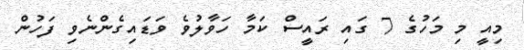
މިއީ މި މަހުގެ 7 ގައި ރައީސް ކަމާ ހަވާލުވެ ވަޑައިގެންނެވި ފަހުން